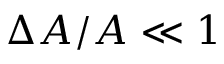
\Delta A / A \ll 1